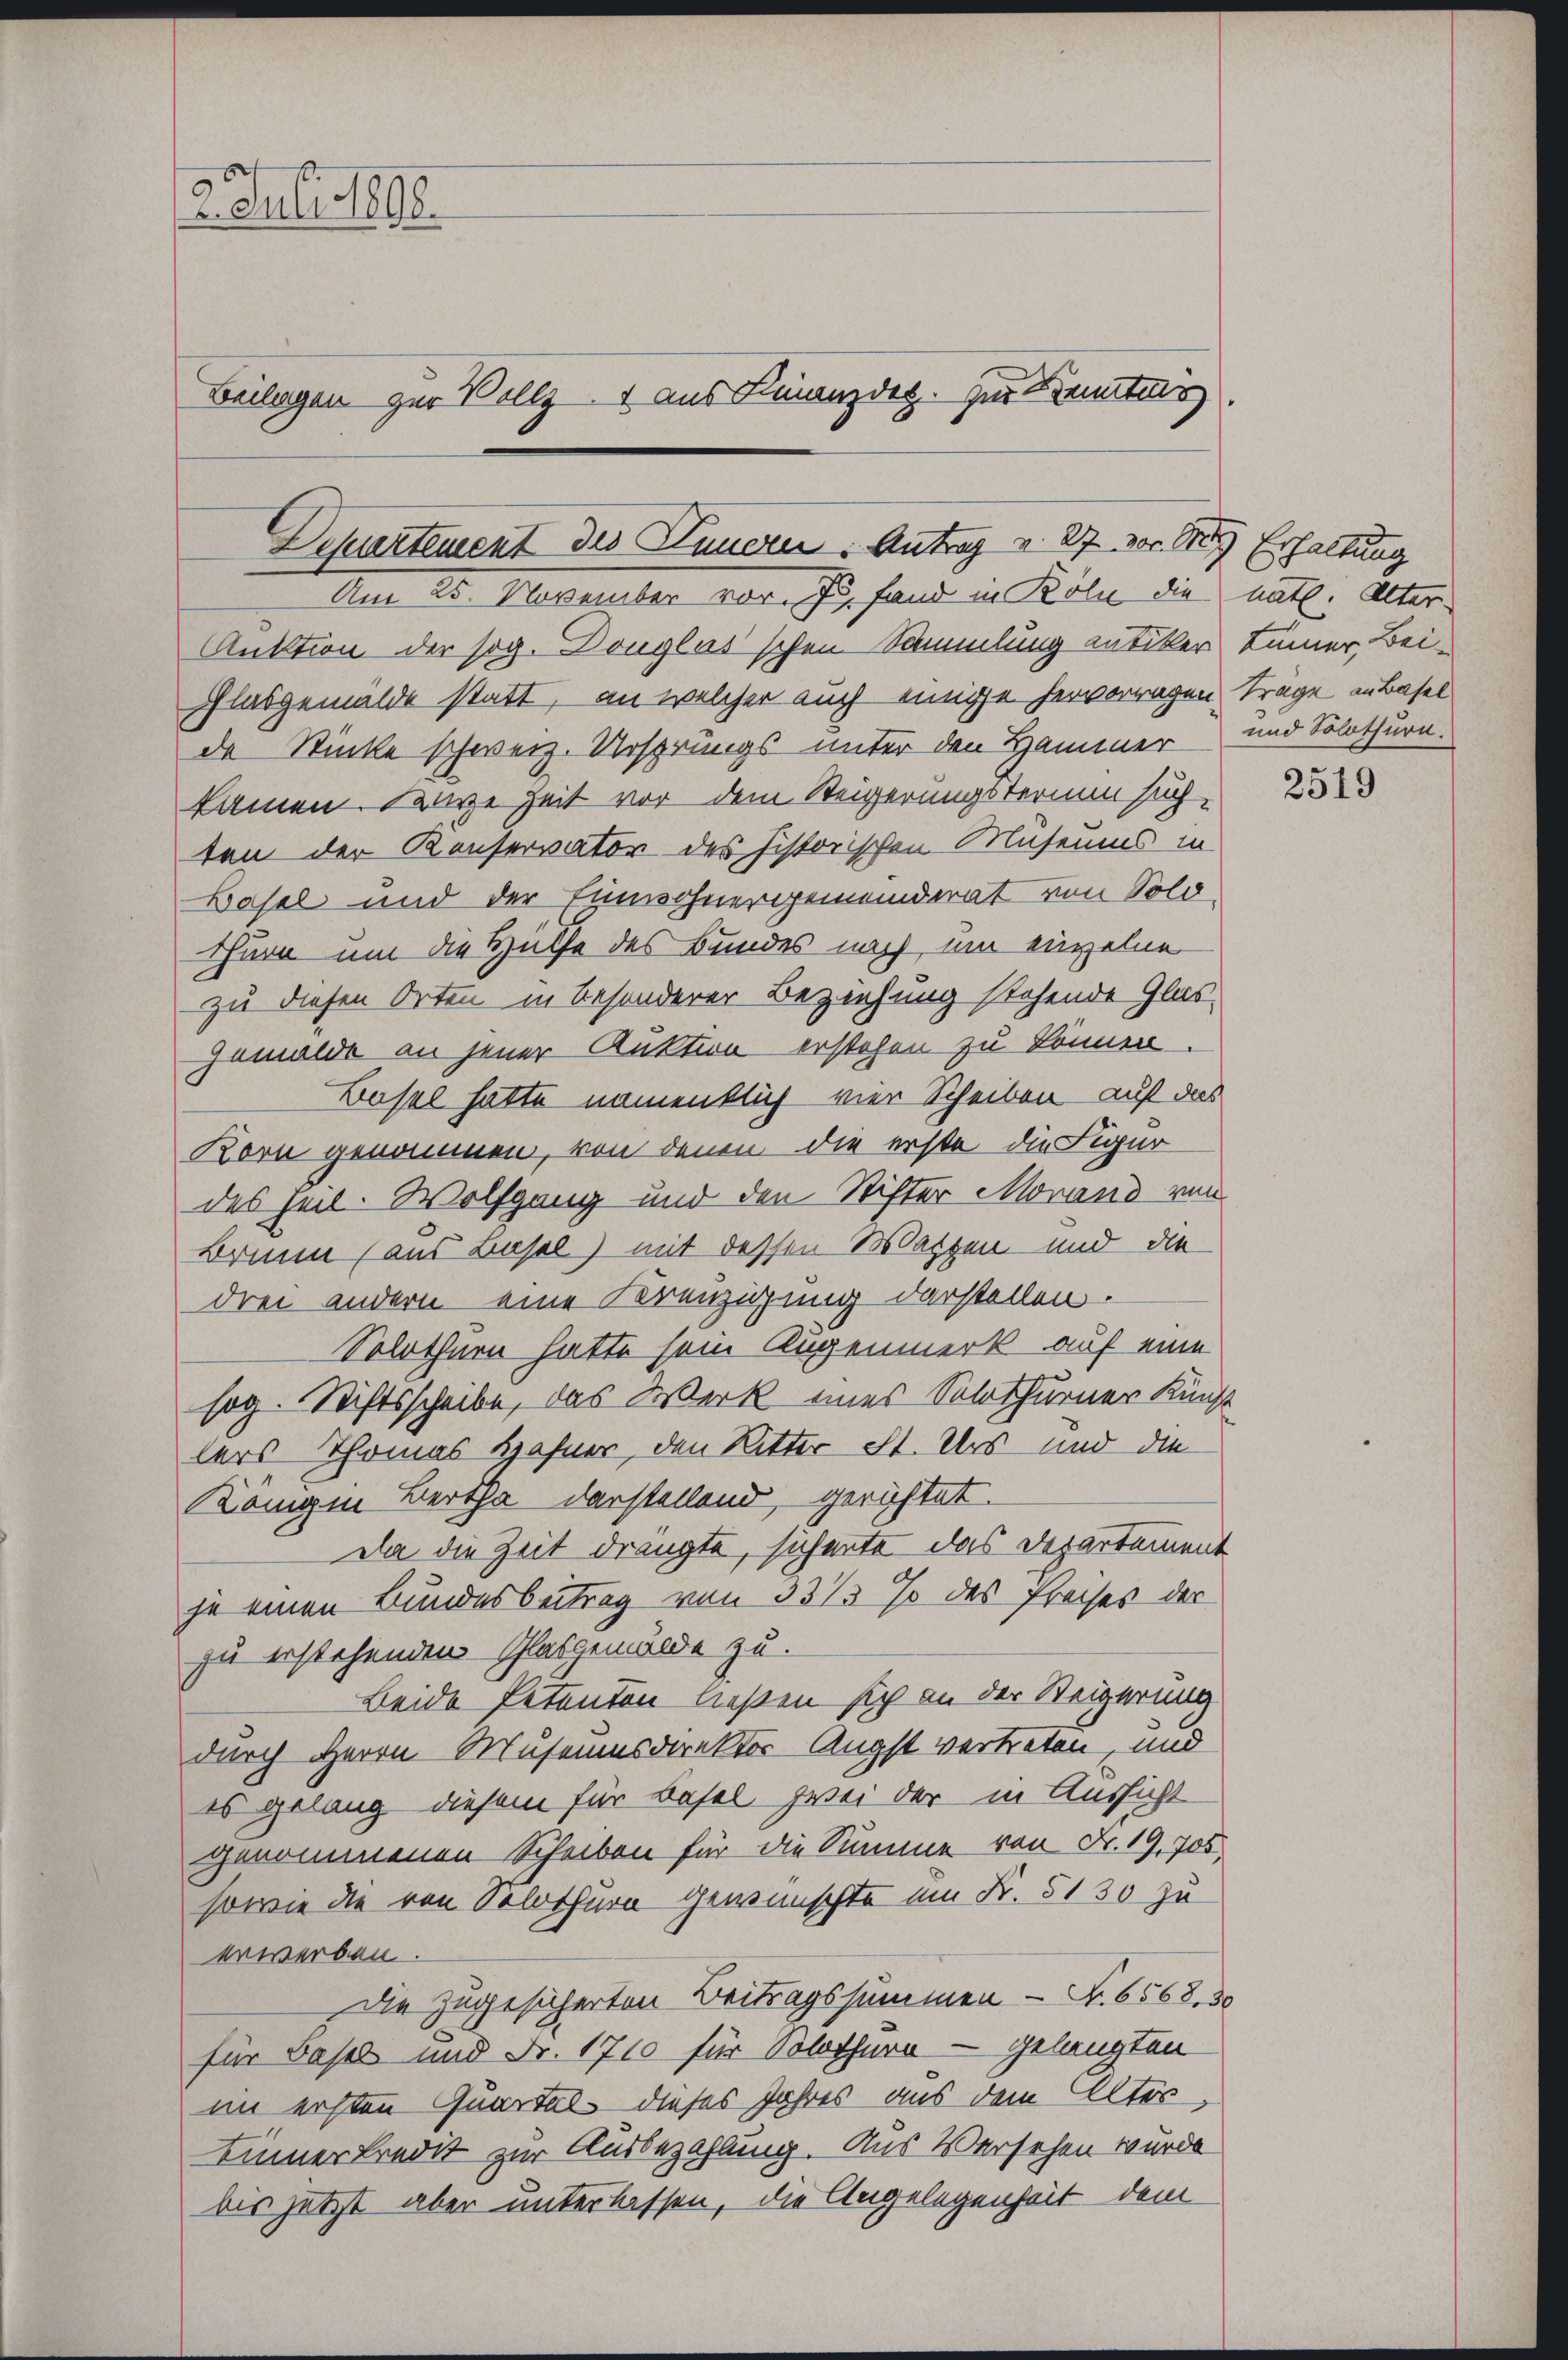
2. Juli 1898.
Beilagen zur Vollzu aus Finanzdes. Zur Kenntni

Deprentement des Lungen: Antrag v. 87 vor die Erhaltung
Am 25. November vor. J. fand in Köln die nath. Alter

Auktion der sog. Douglasschen Sammlung antiker keiner Bei¬
Glasgemälde statt, an welcher auch einige hervorragen Trage in Basel
de Stücke schweiz. Ursprungs unter den Hammer und Solothurn.
kamen. Darze Zeit vor dem Steigerungstermin suchten der Konservator des historischen Museums in
Basel und der Einwohnergemeinderat von Sold
thurn um die Hülfe des Bundes nach um einzelne
zu diesen Orten in besonderer Beziehung stehende Glas-
Gemälde an jener Auktion erstehen zu können.
Basel hatte namenklich vier Scheiben auf das
Korn genommen, von denen die erste die Figur
des Heil. Wolfgang und den Stifter Morand von
Brunn (aus Basel) mit dessen Watzen und die
drei andern eine Kreuzigung darstellen.
Solothurn hatte sein Augenmerk auf eine
sog. Stiftsscheibe, das Werk eines Solothurner Kunst
lers Thomas Hahner, den Ritter ist. Uns und die
König in Bertha darstellend, gerichtet.
Da die Zeit drängte, sichente das Departement
je einen Bundesbeitrag von 33/3 % des Preises der
zu erstehenden Schlasgemälde zu.
Beide Petenten ließen sich an der Steigerung
durch Herrn Museumsdirektor Augst vertreten, und
es gelang diesem für Basel zwei der in Aussicht
genommenen Scheiben für die Summe von Fr. 19, 705.
sowie die von Solothurn gewünschte am Fr. 5130 zu
erwerben.
Die zugesicherten Beitragssummen - Fr. 6568, 30
für Basel und Fr. 1710 für Solothurn – gelangten
im ersten Quartal dieses Jahres aus dem Alter
Binner kredit zur Ausbezahlung. Aus Versehen wurde
bis jetzt aber unterlassen, die Angelegenheit dem

2519